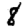
Digit: 8